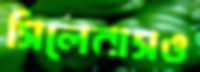
সিলেবাসও